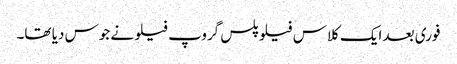
فوری بعد ایک کلاس فیلو پلس گروپ فیلو نے جوس دیا تھا۔